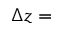
\Delta z =